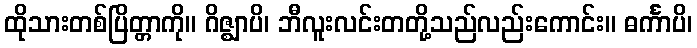
ထိုသားတစ်ပြိတ္တာကို။ ဂိဇ္ဈာပိ၊ ဘီလူးလင်းတတို့သည်လည်းကောင်း။ ဓင်္ကာပိ၊